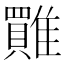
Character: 𩀺